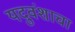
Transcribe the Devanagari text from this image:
यदुवंशाचा